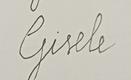
Signature authenticity: forged